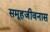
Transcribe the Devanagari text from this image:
समूहजीवनास